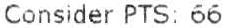
CONSIDER PTS: 66